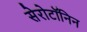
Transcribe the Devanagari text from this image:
सेरोटॉनिन